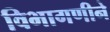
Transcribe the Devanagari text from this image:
विभागणीने